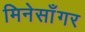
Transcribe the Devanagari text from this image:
मिनेसाँगर